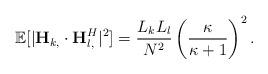
LaTeX: \begin{align*}\mathbb{E}[|\mathbf{H}_{k,} \cdot \mathbf{H}_{l,}^H|^2] = \frac{L_kL_l}{N^2} \left(\frac{\kappa}{\kappa+1}\right)^2. \end{align*}